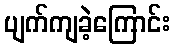
ပျက်ကျခဲ့ကြောင်း